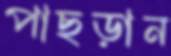
পাছড়ান